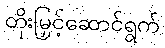
တိုးမြှင့်ဆောင်ရွက်